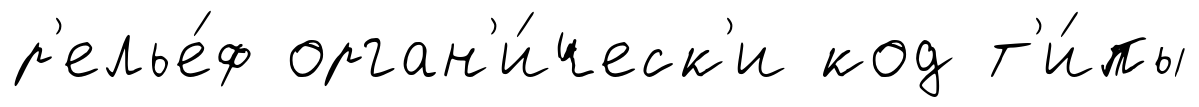
р'елье́ф орган'и́ческ'и код т'и́пы